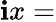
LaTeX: \mathbf{i}x=